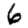
Digit: 6